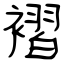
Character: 褶